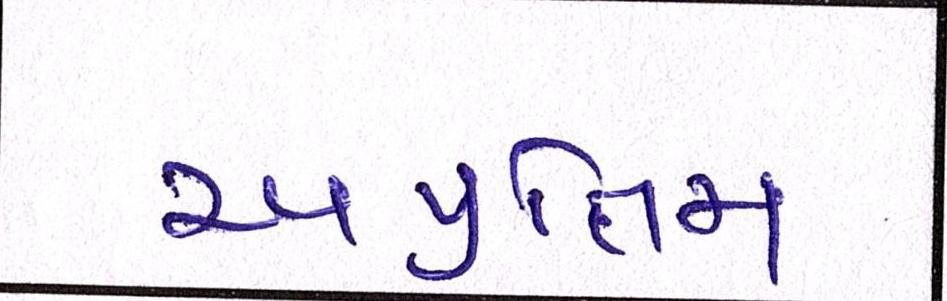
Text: અપ્રતિમ